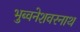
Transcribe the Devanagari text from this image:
भुब्वनेशवरनाथ